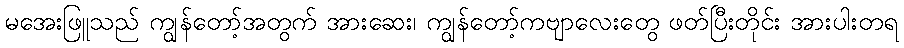
မအေးဖြူသည် ကျွန်တော့်အတွက် အားဆေး၊ ကျွန်တော့်ကဗျာလေးတွေ ဖတ်ပြီးတိုင်း အားပါးတရ